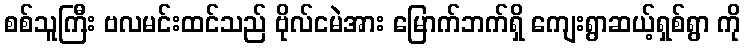
စစ်သူကြီး ဗလမင်းထင်သည် ဗိုလ်ငမဲအား မြောက်ဘက်ရှိ ကျေးရွာဆယ့်ရှစ်ရွာ ကို